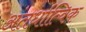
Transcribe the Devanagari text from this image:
अंतर्धात्विक